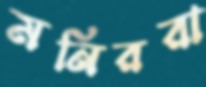
মনিররা